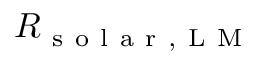
R _ { \mathrm { ~ s ~ o ~ l ~ a ~ r ~ , ~ L ~ M ~ } }